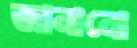
জানানো